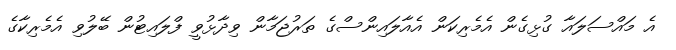
އެ މައްސަލައާ ގުޅިގެން އެމެރިކަން އެއާލައިންސްގެ ތަރުޖަމާން ވިދާޅުވީ ފްލައިޓުން ބޭލުވި އެމެރިކާގެ